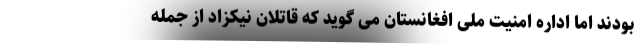
بودند اما اداره امنیت ملی افغانستان می گوید که قاتلان نیکزاد از جمله